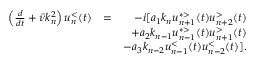
\begin{array} { r l r } { \left( \frac { d } { d t } + \bar { \nu } k _ { n } ^ { 2 } \right) u _ { n } ^ { < } ( t ) } & { = } & { - i [ a _ { 1 } k _ { n } u _ { n + 1 } ^ { * > } ( t ) u _ { n + 2 } ^ { > } ( t ) } \\ & { } & { + a _ { 2 } k _ { n - 1 } u _ { n - 1 } ^ { * > } ( t ) u _ { n + 1 } ^ { > } ( t ) } \\ & { } & { - a _ { 3 } k _ { n - 2 } u _ { n - 1 } ^ { < } ( t ) u _ { n - 2 } ^ { < } ( t ) ] . } \end{array}